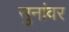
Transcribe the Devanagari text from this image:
सुनांवर